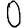
Digit: 0